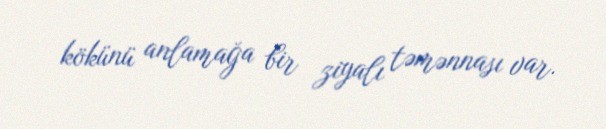
kökünü anlamağa bir ziyalı təmənnası var.